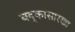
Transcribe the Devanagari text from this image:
बद्कासारखा